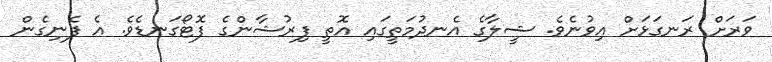
ވަރަށް ރަނގަޅަށް އިވުނެވެ. ޝީލާގެ އެނދުމަތީގައި އޮތީ ފިރުޝާންގެ ފޮޓޯގަނޑެވެ. އެ ފެނިގެން